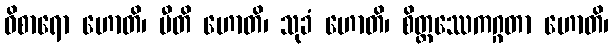
ဝိစာရော ဟောတိ၊ ပီတိ ဟောတိ၊ သုခံ ဟောတိ၊ စိတ္တဿေကဂ္ဂတာ ဟောတိ၊